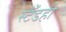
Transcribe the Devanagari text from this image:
स्टँडही